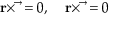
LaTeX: { \bf \vec { r } } { \bf \times } \vec { \bf \phi } = 0 , \quad { \bf \vec { r } } { \bf \times } \vec { \bf \chi } = 0